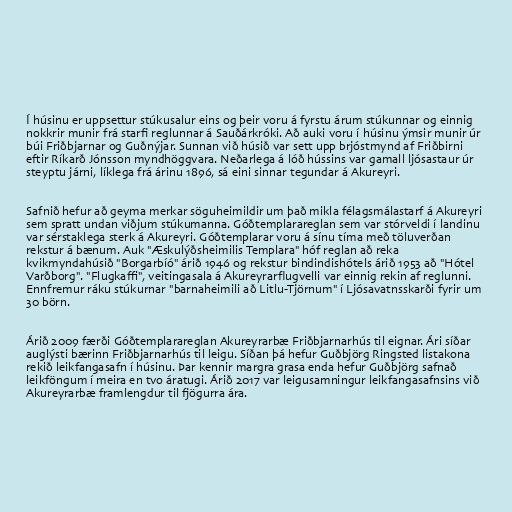
Í húsinu er uppsettur stúkusalur eins og þeir voru á fyrstu árum stúkunnar og einnig
nokkrir munir frá starfi reglunnar á Sauðárkróki. Að auki voru í húsinu ýmsir munir úr
búi Friðbjarnar og Guðnýjar. Sunnan við húsið var sett upp brjóstmynd af Friðbirni
eftir Ríkarð Jónsson myndhöggvara. Neðarlega á lóð hússins var gamall ljósastaur úr
steyptu járni, líklega frá árinu 1896, sá eini sinnar tegundar á Akureyri.

Safnið hefur að geyma merkar söguheimildir um það mikla félagsmálastarf á Akureyri
sem spratt undan viðjum stúkumanna. Góðtemplarareglan sem var stórveldi í landinu
var sérstaklega sterk á Akureyri. Góðtemplarar voru á sínu tíma með töluverðan
rekstur á bænum. Auk "Æskulýðsheimilis Templara" hóf reglan að reka
kvikmyndahúsið "Borgarbíó" árið 1946 og rekstur bindindishótels árið 1953 að "Hótel
Varðborg". "Flugkaffi", veitingasala á Akureyrarflugvelli var einnig rekin af reglunni.
Ennfremur ráku stúkurnar "barnaheimili að Litlu-Tjörnum" í Ljósavatnsskarði fyrir um
30 börn.

Árið 2009 færði Góðtemplarareglan Akureyrarbæ Friðbjarnarhús til eignar. Ári síðar
auglýsti bærinn Friðbjarnarhús til leigu. Síðan þá hefur Guðbjörg Ringsted listakona
rekið leikfangasafn í húsinu. Þar kennir margra grasa enda hefur Guðbjörg safnað
leikföngum í meira en tvo áratugi. Árið 2017 var leigusamningur leikfangasafnsins við
Akureyrarbæ framlengdur til fjögurra ára.